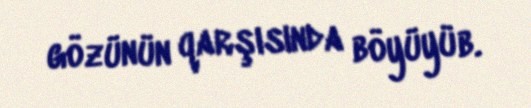
gözünün qarşısında böyüyüb.